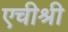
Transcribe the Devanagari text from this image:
एचीश्री